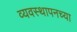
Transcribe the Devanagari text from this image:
व्यवस्थापनच्या